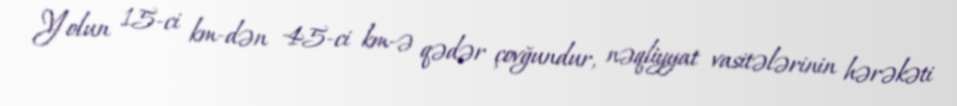
Yolun 15-ci km-dən 45-ci km-ə qədər çovğundur, nəqliyyat vasitələrinin hərəkəti